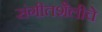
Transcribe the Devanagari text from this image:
संगीतशैलीचे